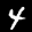
Label: 4